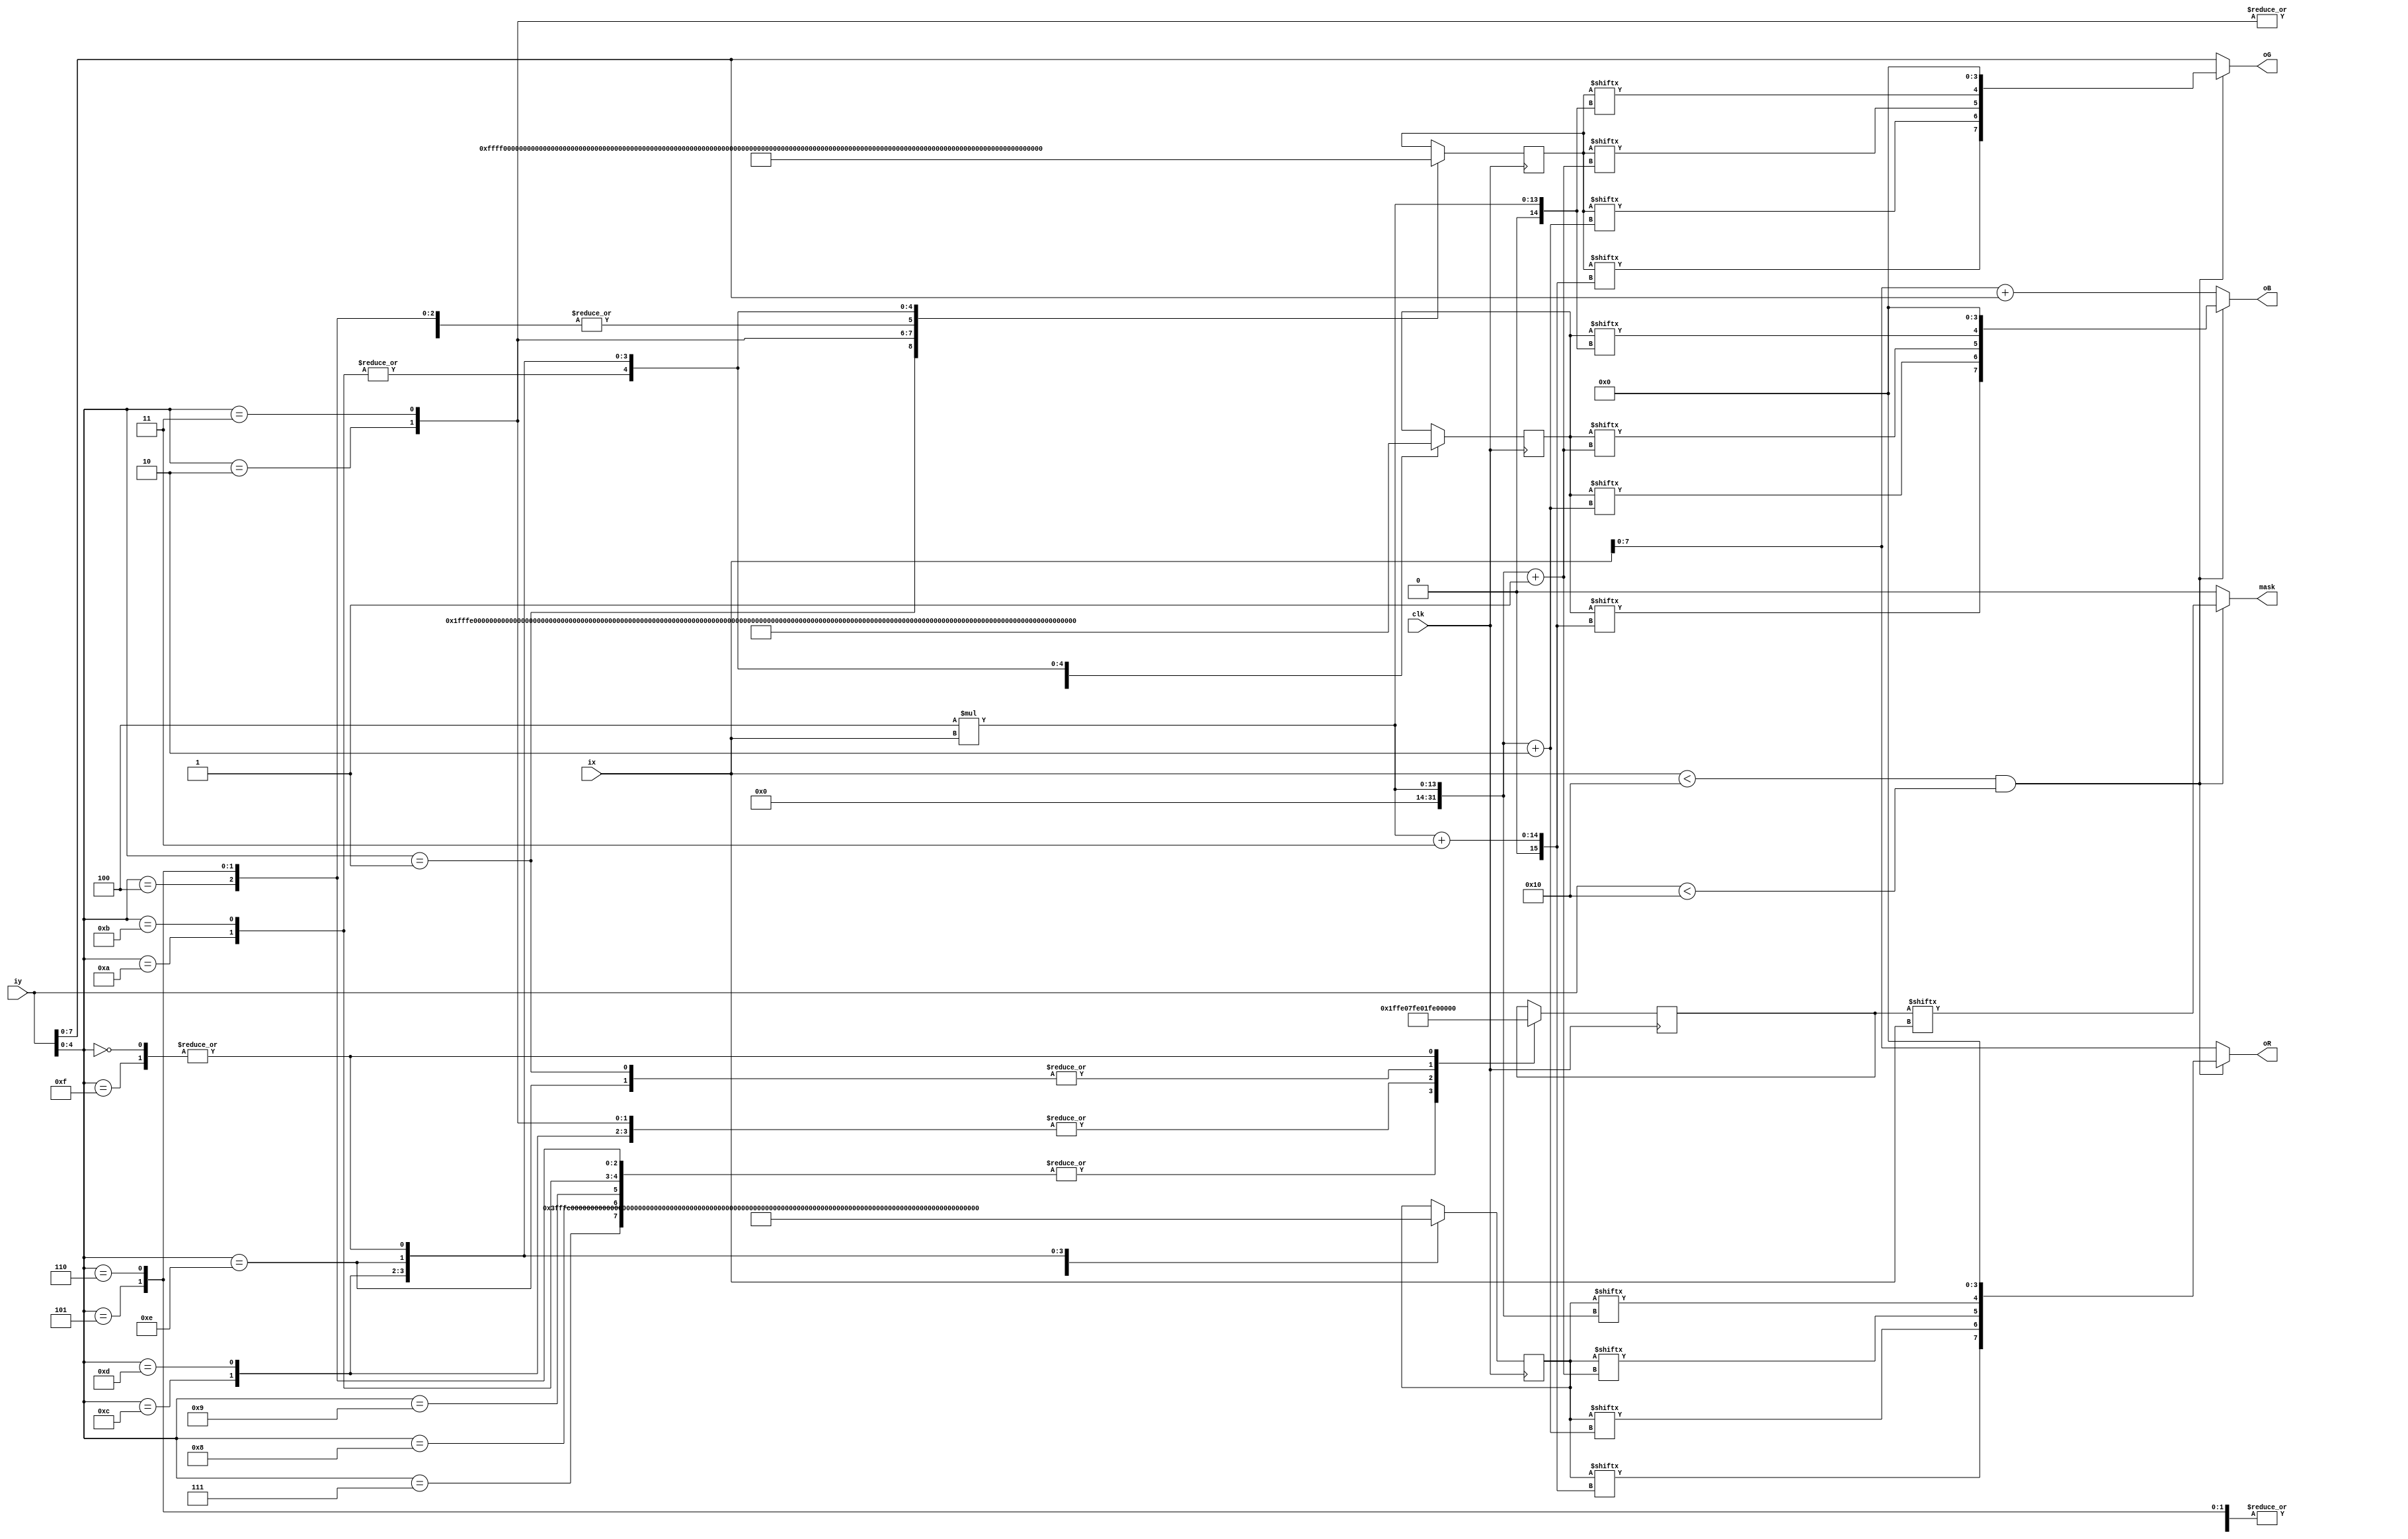
module coin(ix,iy,oR,oG,oB,mask,clk);
input clk;
input [10:0] ix;
input [10:0] iy;
output [7:0] oR;
output [7:0] oG;
output [7:0] oB;
output mask;
reg [64:0] coin_r;
reg [64:0] coin_g;
reg [64:0] coin_b;
reg [16:0] coin_a;
parameter x_size = 16,y_size = 16;
wire mask;

assign oR = (ix<x_size&&iy<y_size)?{coin_r[4*ix+3],coin_r[4*ix+2],coin_r[4*ix+1],coin_r[4*ix],4'b0000}:{ix[7:0]};
assign oG = (ix<x_size&&iy<y_size)?{coin_g[4*ix+3],coin_g[4*ix+2],coin_g[4*ix+1],coin_g[4*ix],4'b0000}:{iy[7:0]};
assign oB = (ix<x_size&&iy<y_size)?{coin_b[4*ix+3],coin_b[4*ix+2],coin_b[4*ix+1],coin_b[4*ix],4'b0000}:{ix+iy}; 
assign mask = (ix<x_size&&iy<y_size)?{coin_a[ix]}:0; 
always @(posedge clk)
begin
case(iy[4:0])
5'd0:coin_r=64'h0000000000000000;
5'd1:coin_r=64'h000000ffff000000;
5'd2:coin_r=64'h0000fffffffd0000;
5'd3:coin_r=64'h0000fffffffd0000;
5'd4:coin_r=64'h000ffffff0ffd000;
5'd5:coin_r=64'h000ffffff0ffd000;
5'd6:coin_r=64'h000ffffff0ffd000;
5'd7:coin_r=64'h000ffffff0ffd000;
5'd8:coin_r=64'h000ffffff0ffd000;
5'd9:coin_r=64'h000ffffff0ffd000;
5'd10:coin_r=64'h000ffffff0ffd000;
5'd11:coin_r=64'h000ffffff0ffd000;
5'd12:coin_r=64'h0000fff00ffd0000;
5'd13:coin_r=64'h0000ffffffdd0000;
5'd14:coin_r=64'h000000dddd000000;
5'd15:coin_r=64'h0000000000000000;
endcase
case(iy[4:0])
5'd0:coin_g=64'h0000000000000000;
5'd1:coin_g=64'h000000ffff000000;
5'd2:coin_g=64'h0000ffddddd90000;
5'd3:coin_g=64'h0000fdffffd90000;
5'd4:coin_g=64'h000fdfffd0fd9000;
5'd5:coin_g=64'h000fdfffd0fd9000;
5'd6:coin_g=64'h000fdfffd0fd9000;
5'd7:coin_g=64'h000fdfffd0fd9000;
5'd8:coin_g=64'h000fdfffd0fd9000;
5'd9:coin_g=64'h000fdfffd0fd9000;
5'd10:coin_g=64'h000fdffdd0fd9000;
5'd11:coin_g=64'h000fdffdd0fd9000;
5'd12:coin_g=64'h0000dff00fd90000;
5'd13:coin_g=64'h0000dddddd990000;
5'd14:coin_g=64'h0000009999000000;
5'd15:coin_g=64'h0000000000000000;
endcase
case(iy[4:0])
5'd0:coin_b=64'h0000000000000000;
5'd1:coin_b=64'h000000ffff000000;
5'd2:coin_b=64'h0000ff2221130000;
5'd3:coin_b=64'h0000f20ff0130000;
5'd4:coin_b=64'h000f20f010013000;
5'd5:coin_b=64'h000f10f010013000;
5'd6:coin_b=64'h000f10f010013000;
5'd7:coin_b=64'h000f10f010013000;
5'd8:coin_b=64'h000f10f010013000;
5'd9:coin_b=64'h000f10f010013000;
5'd10:coin_b=64'h000f10f110013000;
5'd11:coin_b=64'h000f10f110013000;
5'd12:coin_b=64'h0000100000130000;
5'd13:coin_b=64'h0000111111330000;
5'd14:coin_b=64'h0000003333000000;
5'd15:coin_b=64'h0000000000000000;
endcase
case(iy[4:0])
5'd0:coin_a=16'b0000001111000000;
5'd1:coin_a=16'b0000111111110000;
5'd2:coin_a=16'b0001111111111000;
5'd3:coin_a=16'b0001111111111000;
5'd4:coin_a=16'b0011111111111100;
5'd5:coin_a=16'b0011111111111100;
5'd6:coin_a=16'b0011111111111100;
5'd7:coin_a=16'b0011111111111100;
5'd8:coin_a=16'b0011111111111100;
5'd9:coin_a=16'b0011111111111100;
5'd10:coin_a=16'b0011111111111100;
5'd11:coin_a=16'b0011111111111100;
5'd12:coin_a=16'b0001111111111000;
5'd13:coin_a=16'b0001111111111000;
5'd14:coin_a=16'b0000111111110000;
5'd15:coin_a=16'b0000001111000000;
endcase
end
endmodule